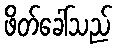
ဖိတ်ခေါ်သည်